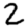
Digit: 2